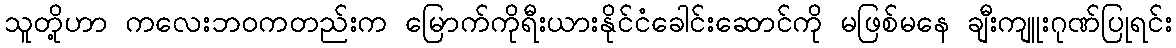
သူတို့ဟာ ကလေးဘဝကတည်းက မြောက်ကိုရီးယားနိုင်ငံခေါင်းဆောင်ကို မဖြစ်မနေ ချီးကျူးဂုဏ်ပြုရင်း